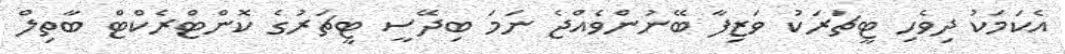
އެކަމަކު ދިވެހި ޓީޗަރަކު ވަޒިފާ ބޭނުންވެއްޖެ ނަމަ ބިދޭސީ ޓީޗަރުގެ ކޮންޓްރެކްޓް ބާތިލް